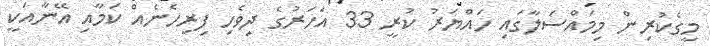
މީގެކުރިން މިމައްސަލާގައި ހައްޔަރު ކުރީ 33 އަހަރުގެ ދިވެހި ފިރިހެނެއް ކަމާއި އޭނާއަކީ